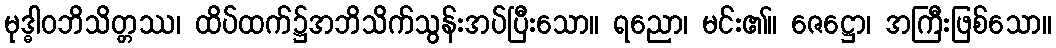
မုဒ္ဓါဝဘိသိတ္တဿ၊ ထိပ်ထက်၌အဘိသိက်သွန်းအပ်ပြီးသော။ ရညော၊ မင်း၏။ ဇေဋ္ဌော၊ အကြီးဖြစ်သော။